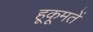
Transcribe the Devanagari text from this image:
हूकूमतें